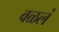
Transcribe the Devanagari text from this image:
वळलं